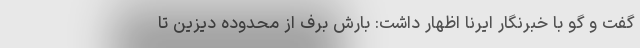
گفت و گو با خبرنگار ایرنا اظهار داشت: بارش برف از محدوده دیزین تا